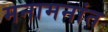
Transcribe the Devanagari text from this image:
मनामनांत